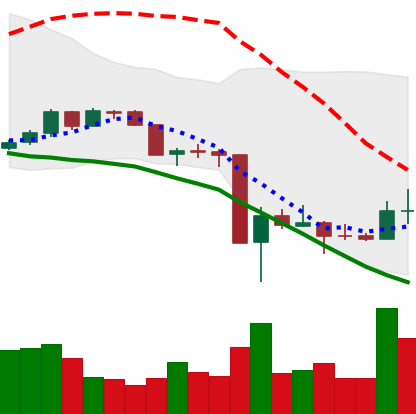
Ticker: DOGE-USD
Chart end date: 2020-03-20
Forward return: 3.441%
Label: up_3_5